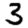
Digit: 3